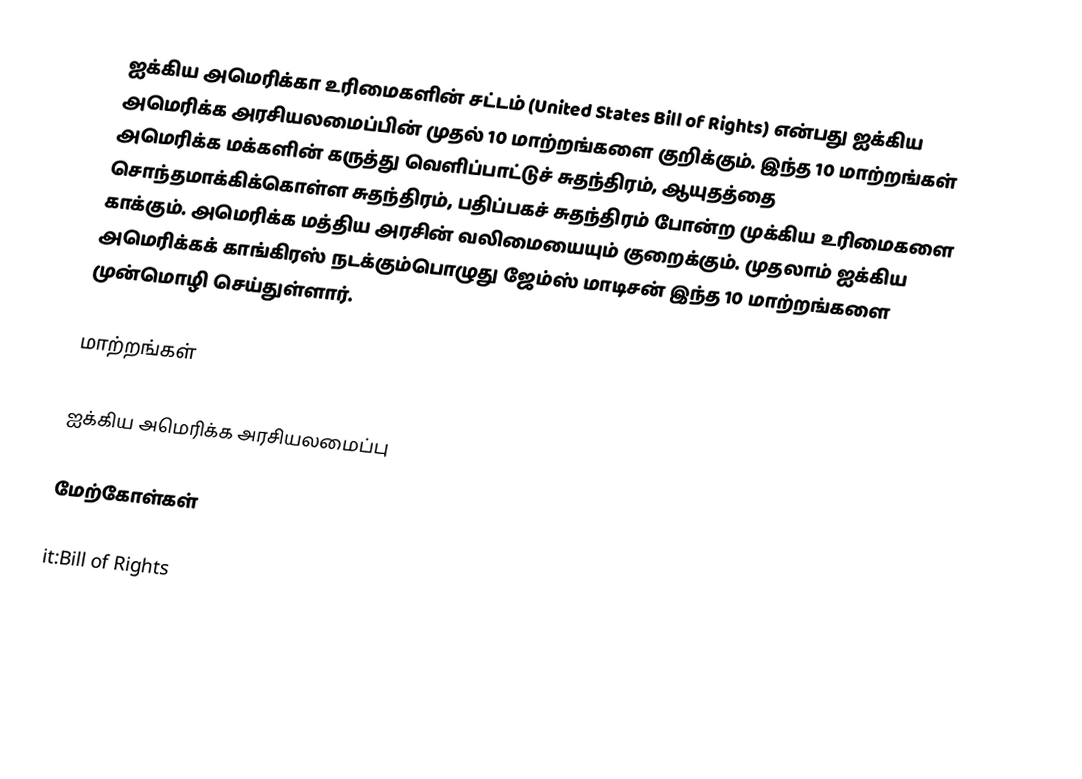
ஐக்கிய அமெரிக்கா உரிமைகளின் சட்டம் (United States Bill of Rights) என்பது ஐக்கிய அமெரிக்க அரசியலமைப்பின் முதல் 10 மாற்றங்களை குறிக்கும். இந்த 10 மாற்றங்கள் அமெரிக்க மக்களின் கருத்து வெளிப்பாட்டுச் சுதந்திரம், ஆயுதத்தை சொந்தமாக்கிக்கொள்ள சுதந்திரம், பதிப்பகச் சுதந்திரம் போன்ற முக்கிய உரிமைகளை காக்கும். அமெரிக்க மத்திய அரசின் வலிமையையும் குறைக்கும். முதலாம் ஐக்கிய அமெரிக்கக் காங்கிரஸ் நடக்கும்பொழுது ஜேம்ஸ் மாடிசன் இந்த 10 மாற்றங்களை முன்மொழி செய்துள்ளார்.

மாற்றங்கள்

ஐக்கிய அமெரிக்க அரசியலமைப்பு

மேற்கோள்கள்

it:Bill of Rights